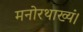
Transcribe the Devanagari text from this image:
मनोरथाख्यं।